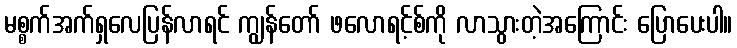
မစ္စက်အက်ရှလေပြန်လာရင် ကျွန်တော် ဖလောရင့်စ်ကို လာသွားတဲ့အကြောင်း ပြောပေးပါ။